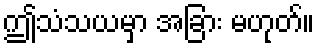
ဤသံသယမှာ အခြား မဟုတ်။